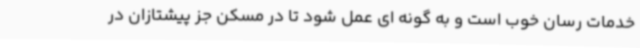
خدمات رسان خوب است و به گونه ای عمل شود تا در مسکن جز پیشتازان در